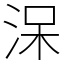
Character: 㳭